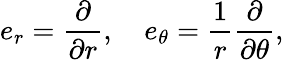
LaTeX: e_{r}={\frac{\partial}{\partial r}},\quad e_{\theta}={\frac{1}{r}}{\frac{\partial}{\partial\theta}},